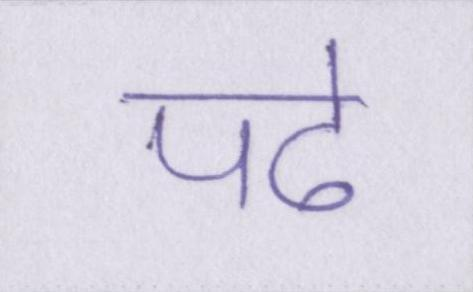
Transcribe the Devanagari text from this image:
पढे